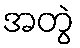
အတွဲ